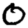
Digit: 0